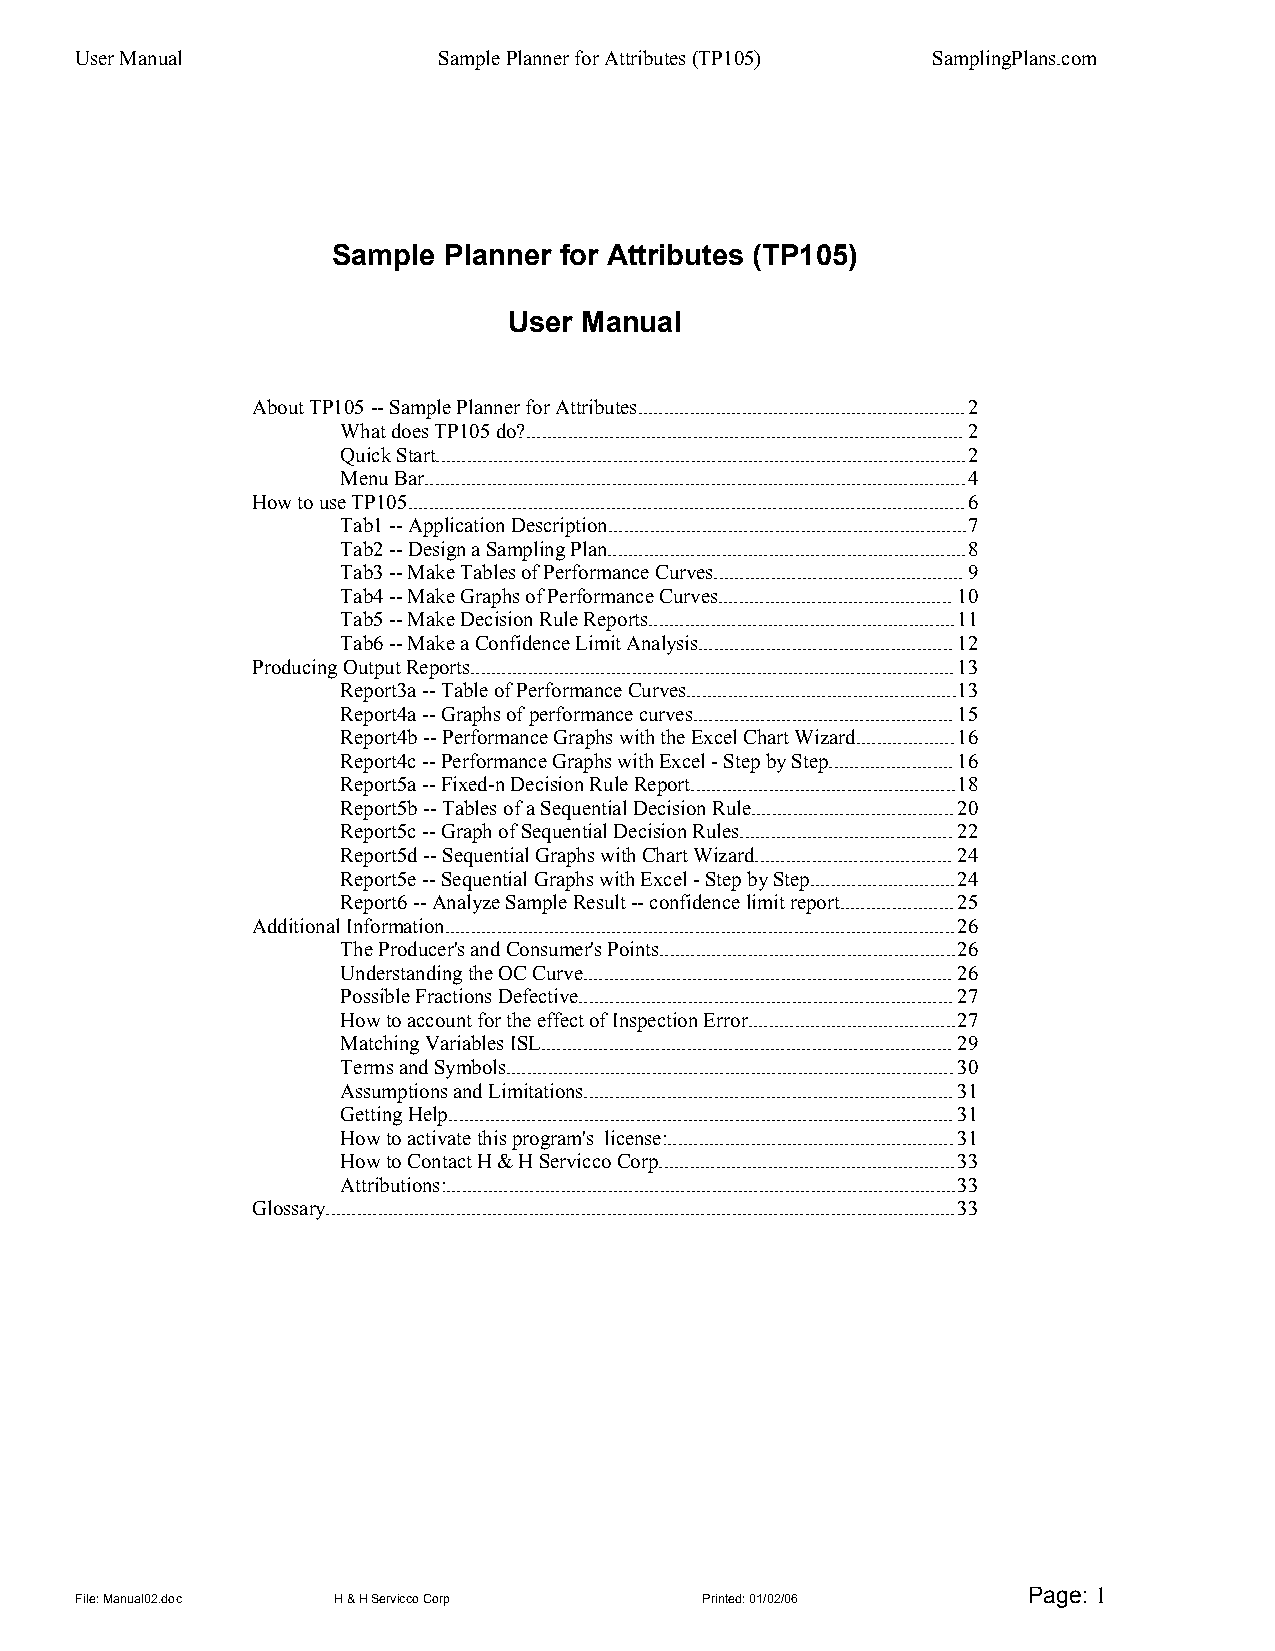
User Manual             Sample Planner for Attributes (TP105) SamplingPlans.com
 Sample Planner for Attributes (TP105)
 User Manual
 About TP105 -- Sample Planner for Attributes...............................................................2
 What does TP105 do?....................................................................................2
 Quick Start......................................................................................................2
 Menu Bar........................................................................................................4
 How to use TP105...........................................................................................................6
 Tab1 -- Application Description.....................................................................7
 Tab2 -- Design a Sampling Plan.....................................................................8
 Tab3 -- Make Tables of Performance Curves................................................9
 Tab4 -- Make Graphs of Performance Curves.............................................10
 Tab5 -- Make Decision Rule Reports...........................................................11
 Tab6 -- Make a Confidence Limit Analysis.................................................12
 Producing Output Reports.............................................................................................13
 Report3a -- Table of Performance Curves....................................................13
 Report4a -- Graphs of performance curves..................................................15
 Report4b -- Performance Graphs with the Excel Chart Wizard...................16
 Report4c -- Performance Graphs with Excel - Step by Step........................16
 Report5a -- Fixed-n Decision Rule Report...................................................18
 Report5b -- Tables of a Sequential Decision Rule.......................................20
 Report5c -- Graph of Sequential Decision Rules.........................................22
 Report5d -- Sequential Graphs with Chart Wizard......................................24
 Report5e -- Sequential Graphs with Excel - Step by Step............................24
 Report6 -- Analyze Sample Result -- confidence limit report......................25
 Additional Information..................................................................................................26
 The Producer's and Consumer's Points.........................................................26
 Understanding the OC Curve.......................................................................26
 Possible Fractions Defective........................................................................27
 How to account for the effect of Inspection Error........................................27
 Matching Variables ISL...............................................................................29
 Terms and Symbols......................................................................................30
 Assumptions and Limitations.......................................................................31
 Getting Help.................................................................................................31
 How to activate this program's license:.......................................................31
 How to Contact H & H Servicco Corp.........................................................33
 Attributions:..................................................................................................33
 Glossary.........................................................................................................................33
 Page: 1
 File: Manual02.doc H & H Servicco Corp   Printed: 01/02/06